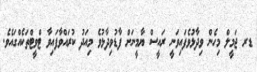
ޑރ ޖަމީލް މިހެން ވިދާޅުވެފައިވަނީ ރައީސް ޔާމީނަށް ފާޑުވިދާޅުވެ މިއަދު ކުރައްވާފައިވާ ޓްވީޓްތަކެއްގައެވެ.